Leningradi_Edasi_toimetus, lk 105
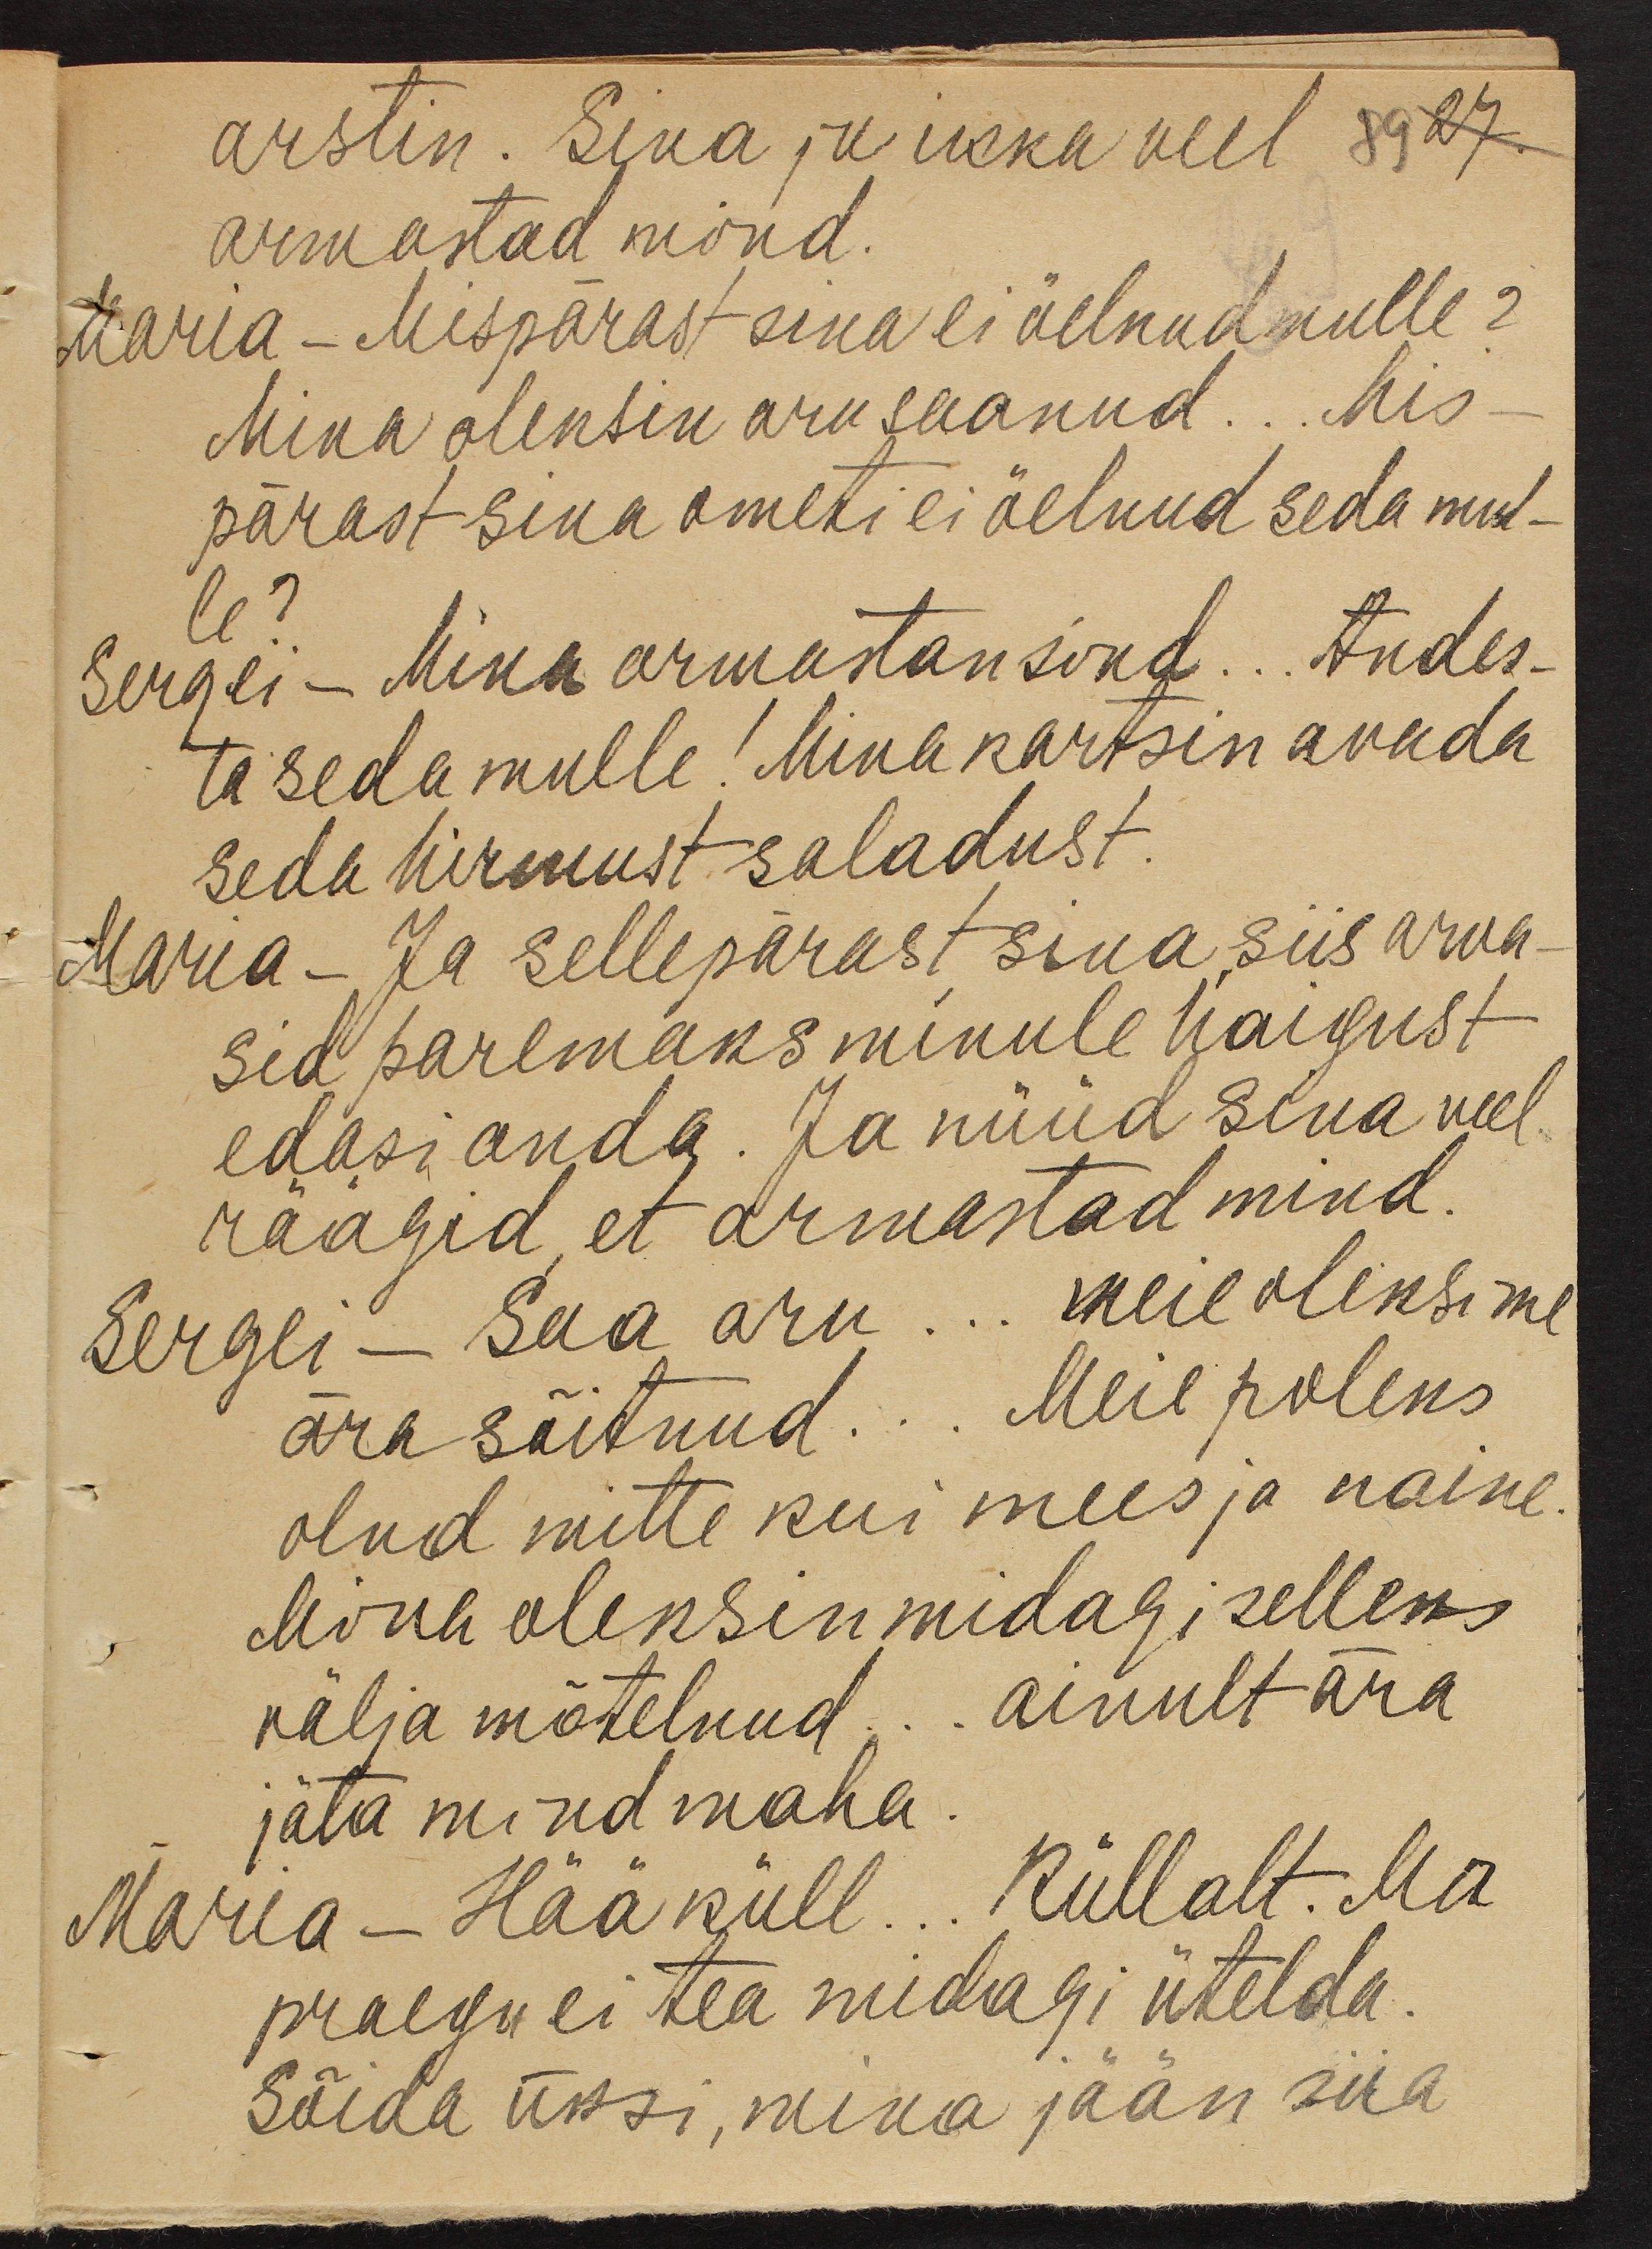
arstin. Sina ju ikka veel 89 27.
armastad mind.
Maria - Mispärast sina ei öelnud mulle?
Mina oleksin aru saanud ... Mis-
pärast sina ometi ei öelnud seda mu-
le?
Sergei - Mina armastan sind ... Andes-
ta seda mulle! Mina kartsin avada
seda hirmust saladust.
Maria - Ja sellepärast sina, siis arva-
sid paremaks minule haigust
edasi anda. Ja nüüd sina veel
räägid, et armastad mind.
Sergei - Saa aru ... meie oleksime
ära sõitnud ... Meie poleks
olnd mitte kui mees ja naine.
Mina oleksin midagi selleks
välja mõtelnud ... ainult ära
jäta mind maha
Maria - Hää küll ... Küllalt. Ma
praegu ei tea midagi ütelda.
Sõida üksi, mina jään siia